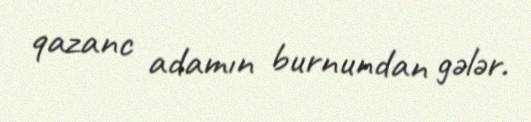
qazanc adamın burnundan gələr.